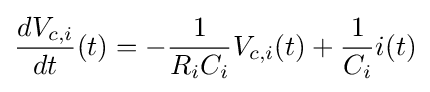
{\dfrac {dV_{c,i}}{dt}}(t)=-{\dfrac {1}{R_{i}C_{i}}}V_{c,i}(t)+{\dfrac {1}{C_{i}}}i(t)